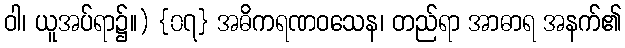
ဝါ၊ ယူအပ်ရာ၌။) {၀၇} အဓိကရဏဝသေန၊ တည်ရာ အာဓာရ အနက်၏